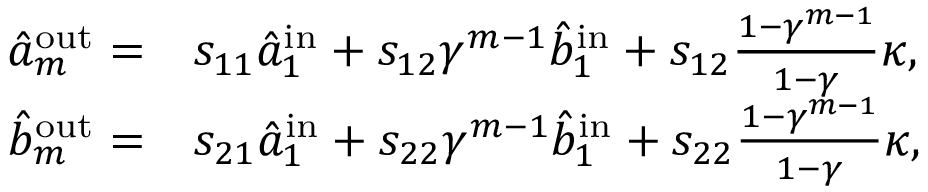
\begin{array} { r l } { \hat { a } _ { m } ^ { \mathrm { { o u t } } } = } & { s _ { 1 1 } \hat { a } _ { 1 } ^ { \mathrm { i n } } + s _ { 1 2 } \gamma ^ { m - 1 } \hat { b } _ { 1 } ^ { \mathrm { { i n } } } + s _ { 1 2 } \frac { 1 - \gamma ^ { m - 1 } } { 1 - \gamma } \kappa , } \\ { \hat { b } _ { m } ^ { \mathrm { o u t } } = } & { s _ { 2 1 } \hat { a } _ { 1 } ^ { \mathrm { { i n } } } + s _ { 2 2 } \gamma ^ { m - 1 } \hat { b } _ { 1 } ^ { \mathrm { i n } } + s _ { 2 2 } \frac { 1 - \gamma ^ { m - 1 } } { 1 - \gamma } \kappa , } \end{array}